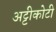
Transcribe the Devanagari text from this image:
अट्टीकोटी